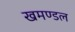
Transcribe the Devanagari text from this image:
खमण्डल